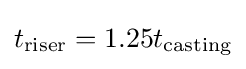
t_{\text{riser}}=1.25t_{\text{casting}}